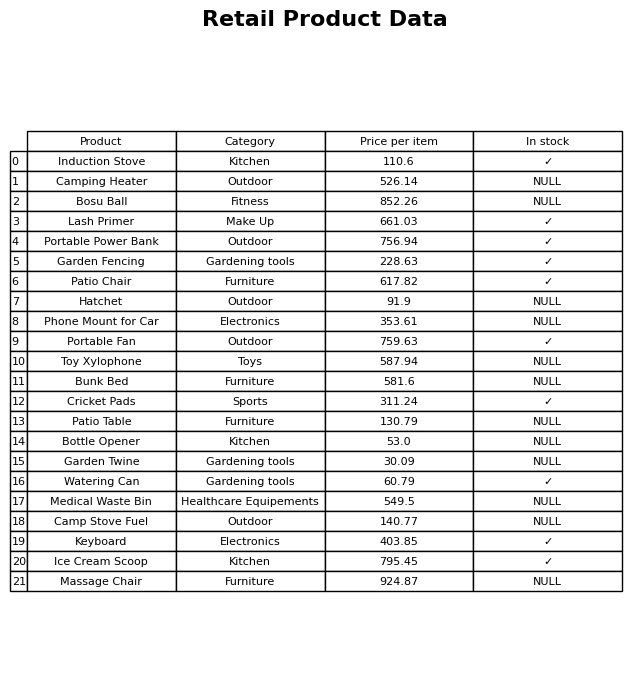
question: What is the price of the Portable Fan?
answer: The price of Portable Fan is 759.63.